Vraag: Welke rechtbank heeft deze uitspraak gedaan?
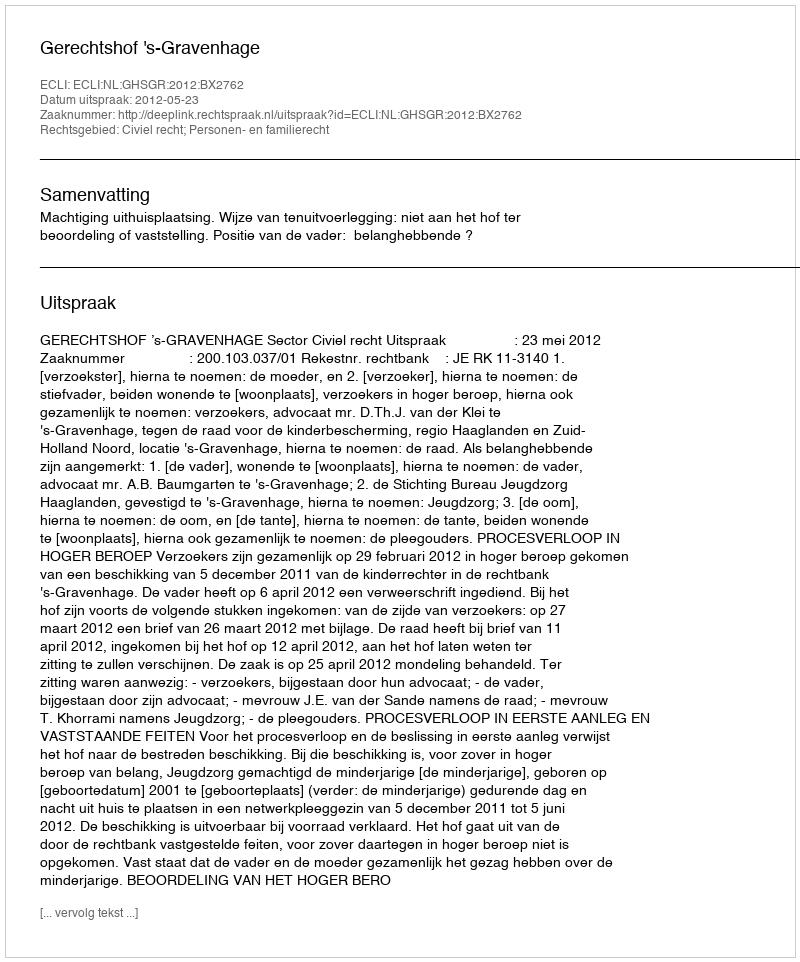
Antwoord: Gerechtshof 's-Gravenhage